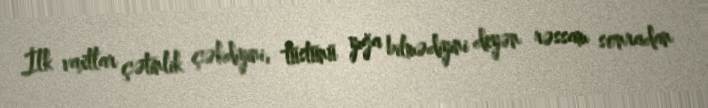
İlk vaxtlar çətinlik çəkdiyini, tüstünü yığa bilmədiyini deyən rəssam sonradan